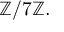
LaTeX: \mathbb { Z } / 7 \mathbb { Z } .